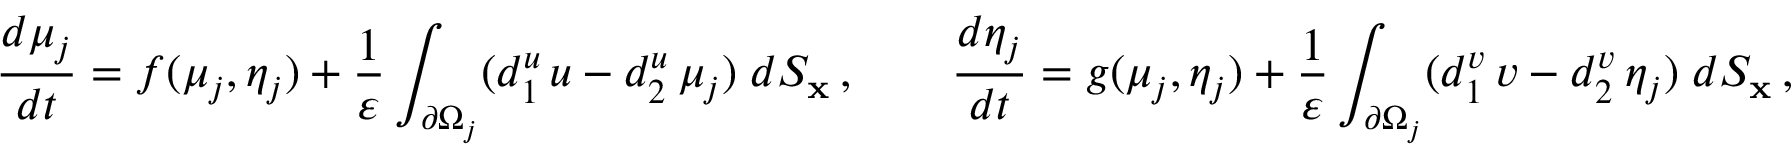
\frac { d \mu _ { j } } { d t } = f ( \mu _ { j } , \eta _ { j } ) + \frac { 1 } { \varepsilon } \int _ { \partial \Omega _ { j } } ( d _ { 1 } ^ { u } \, u - d _ { 2 } ^ { u } \, \mu _ { j } ) \; d S _ { \bf x } \, , \qquad \frac { d \eta _ { j } } { d t } = g ( \mu _ { j } , \eta _ { j } ) + \frac { 1 } { \varepsilon } \int _ { \partial \Omega _ { j } } ( d _ { 1 } ^ { v } \, v - d _ { 2 } ^ { v } \, \eta _ { j } ) \; d S _ { \bf x } \, ,